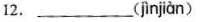
12.___( jnjàn )